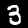
Label: 3